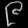
Digit: ၉